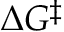
\Delta G ^ { \ddagger }